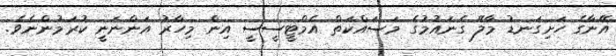
އޭނާގެ ހަށިގަނޑު މާލޭ ގެނައުމުގެ މަސައްކަތް އެމްޓީސީސީ އިން މިހާރު އަންނަނީ ކުރަމުންނެވެ.